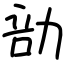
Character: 勏